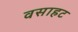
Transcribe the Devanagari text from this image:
वसाहट